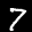
Label: 7